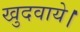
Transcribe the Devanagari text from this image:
खुदवाये।